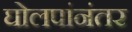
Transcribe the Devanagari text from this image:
घोलपांनंतर